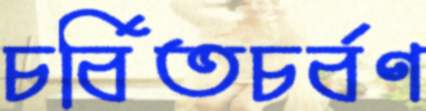
চর্বিতচর্বণ